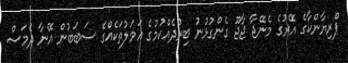
ޕްރިޔާންކާގެ އޭރުގެ މެނޭޖާ ޖާޖޫ ގެންގުޅުނު ބިރުދެއްކުމުގެ އަމަލުތަކެއްގެ ސަބަބުން އޭނާ ދެމަސް